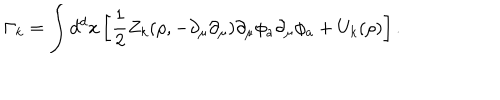
LaTeX: \Gamma _ { k } = \int d ^ { d } x \left[ \frac { 1 } { 2 } Z _ { k } ( \rho , - \partial _ { \mu } \partial _ { \mu } ) \partial _ { \mu } \phi _ { a } \partial _ { \mu } \phi _ { a } + U _ { k } ( \rho ) \right] .